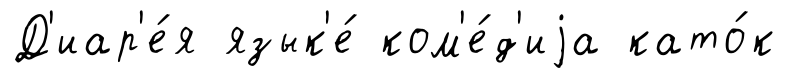
Д'иар'е́я язык'е́ ком'е́д'иjа като́к